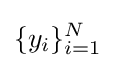
\{y_{i}\}_{i=1}^{N}